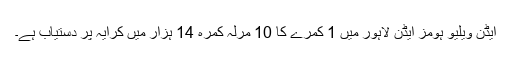
ایڈن ویلیو ہومز ایڈن لاہور میں 1 کمرے کا 10 مرلہ کمرہ 14 ہزار میں کرایہ پر دستیاب ہے۔